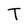
Character: T